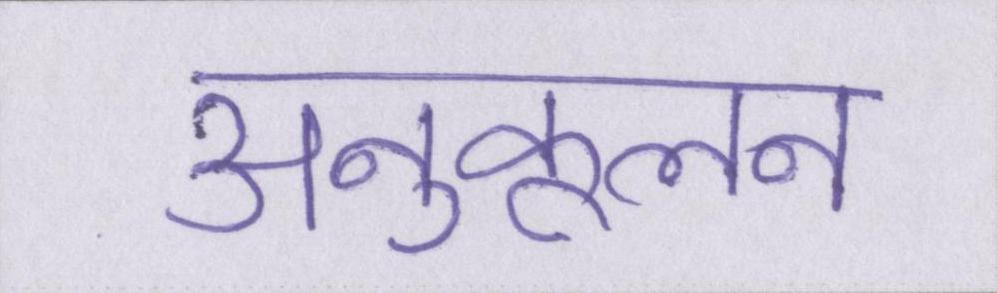
अनुकूलन